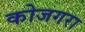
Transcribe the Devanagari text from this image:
कोजगरा